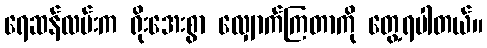
ရေဆန်လမ်းက ရိုးအေးစွာ လျှောက်ကြတာကို တွေ့ရပါတယ်။